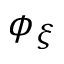
\phi _ { \xi }